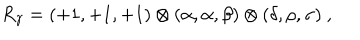
R _ { \gamma } = ( + 1 , + 1 , + 1 ) \otimes ( \alpha , \alpha , \beta ) \otimes ( \delta , \rho , \sigma ) ~ , ~ \,